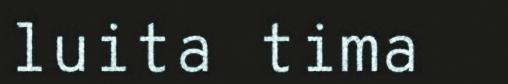
luita tima